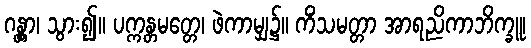
ဂန္တွာ၊ သွား၍။ ပက္ကန္တမတ္တေ၊ ဖဲကာမျှ၌။ ကိံသမတ္တာ အာရညိကာဘိက္ခူ၊